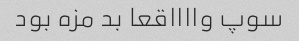
سوپ وااااقعا بد مزه بود